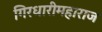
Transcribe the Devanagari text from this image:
गिरधारीमहाराज